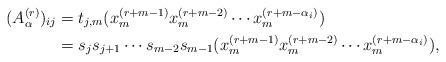
LaTeX: \begin{align*}(A_{\alpha}^{(r)})_{ij} &= t_{j, m}(x_m^{(r+m-1)}x_m^{(r+m-2)} \cdots x_m^{(r+m- \alpha_i)}) \\&= s_j s_{j+1} \cdots s_{m-2} s_{m-1} (x_m^{(r+m-1)} x_m^{(r+m-2)} \cdots x_m^{(r+m- \alpha_i)}),\end{align*}